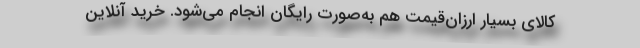
کالای بسیار ارزان‌قیمت هم به‌صورت رایگان انجام می‌شود. خرید آنلاین